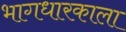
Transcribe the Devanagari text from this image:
भागधारकाला